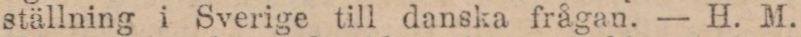
ställning i Sverige till danska frågan. — H. M.